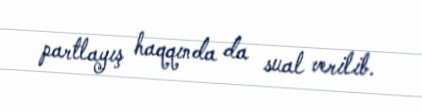
partlayış haqqında da sual verilib.